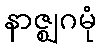
နာဇ္ဈဂမုံ